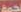
نجمة